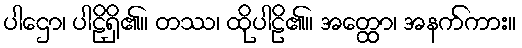
ပါဌော၊ ပါဠိရှိ၏။ တဿ၊ ထိုပါဠိ၏။ အတ္ထော၊ အနက်ကား။